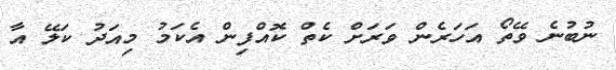
ނުބުނެ ވޭތޯ އަހަރެން ވަރަށް ކެތް ކޮއްފިން އެކަމު މިއަދު ކަލޭ އާ